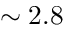
\sim 2 . 8